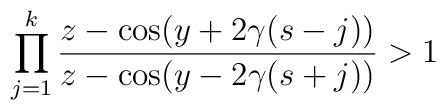
\prod_{j=1}^k\frac{z-\cos(y+2\gamma(s-j))}{z-\cos(y-2\gamma(s+j))}>1